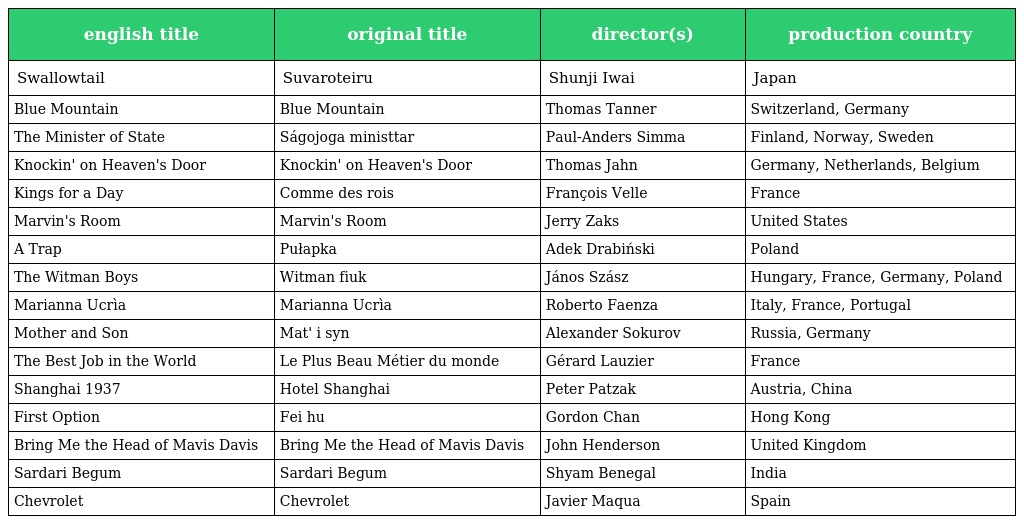
| english title | original title | director(s) | production country |
 | --- | --- | --- | --- |
 | Swallowtail | Suvaroteiru | Shunji Iwai | Japan |
 | Blue Mountain | Blue Mountain | Thomas Tanner | Switzerland, Germany |
 | The Minister of State | Ságojoga ministtar | Paul-Anders Simma | Finland, Norway, Sweden |
 | Knockin' on Heaven's Door | Knockin' on Heaven's Door | Thomas Jahn | Germany, Netherlands, Belgium |
 | Kings for a Day | Comme des rois | François Velle | France |
 | Marvin's Room | Marvin's Room | Jerry Zaks | United States |
 | A Trap | Pułapka | Adek Drabiński | Poland |
 | The Witman Boys | Witman fiuk | János Szász | Hungary, France, Germany, Poland |
 | Marianna Ucrìa | Marianna Ucrìa | Roberto Faenza | Italy, France, Portugal |
 | Mother and Son | Mat' i syn | Alexander Sokurov | Russia, Germany |
 | The Best Job in the World | Le Plus Beau Métier du monde | Gérard Lauzier | France |
 | Shanghai 1937 | Hotel Shanghai | Peter Patzak | Austria, China |
 | First Option | Fei hu | Gordon Chan | Hong Kong |
 | Bring Me the Head of Mavis Davis | Bring Me the Head of Mavis Davis | John Henderson | United Kingdom |
 | Sardari Begum | Sardari Begum | Shyam Benegal | India |
 | Chevrolet | Chevrolet | Javier Maqua | Spain |